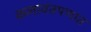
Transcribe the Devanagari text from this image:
कलावंतपणात